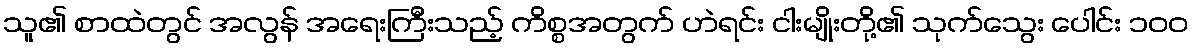
သူ၏ စာထဲတွင် အလွန် အရေးကြီးသည့် ကိစ္စအတွက် ဟဲရင်း ငါးမျိုးတို့၏ သုက်သွေး ပေါင်း ၁၀၀